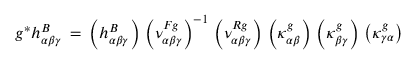
g ^ { * } h _ { \alpha \beta \gamma } ^ { B } \: = \: \left( h _ { \alpha \beta \gamma } ^ { B } \right) \, \left( \nu _ { \alpha \beta \gamma } ^ { F g } \right) ^ { - 1 } \, \left( \nu _ { \alpha \beta \gamma } ^ { R g } \right) \, \left( \kappa _ { \alpha \beta } ^ { g } \right) \, \left( \kappa _ { \beta \gamma } ^ { g } \right) \, \left( \kappa _ { \gamma \alpha } ^ { g } \right)